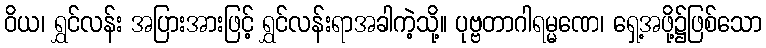
ဝိယ၊ ရွှင်လန်း အပြားအားဖြင့် ရွှင်လန်းရာအခါကဲ့သို့။ ပုဗ္ဗတာဂါရမ္မဏေ၊ ရှေ့အဖို့၌ဖြစ်သော